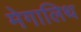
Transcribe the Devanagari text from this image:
मेगालिथ